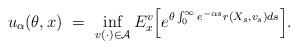
LaTeX: \begin{align*}u_{\alpha}(\theta, x) \ = \ \inf_{v(\cdot) \in {\mathcal A}} E^v_x \Big[ e^{\theta \int^{\infty}_0 e^{- \alpha s}r(X_s, v_s) ds } \Big] .\end{align*}